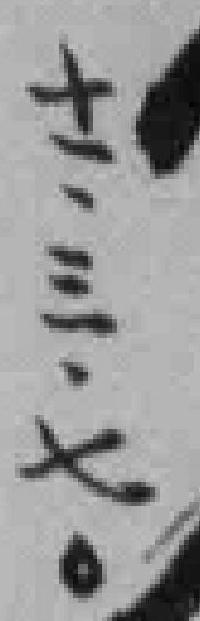
十一三七